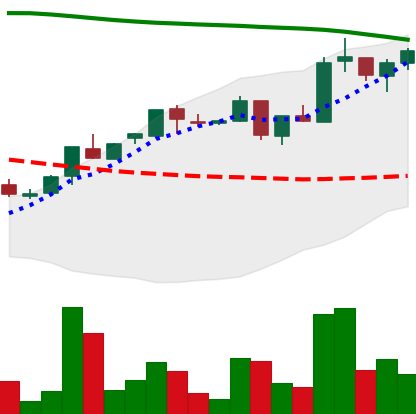
Ticker: ADA-USD
Chart end date: 2018-05-02
Forward return: -10.0%
Label: down_7plus